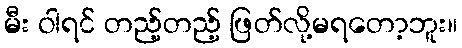
မီး ဝါရင် တည့်တည့် ဖြတ်လို့မရတော့ဘူး။